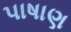
પાષાણ